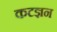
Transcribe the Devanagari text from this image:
कटज्ञन